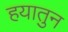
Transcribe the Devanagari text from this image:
हयातुन